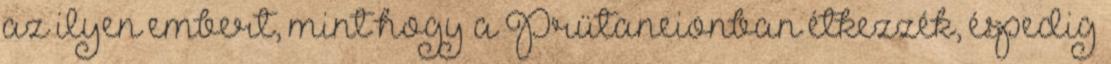
az ilyen embert, mint hogy a Prütaneionban étkezzék, éspedig